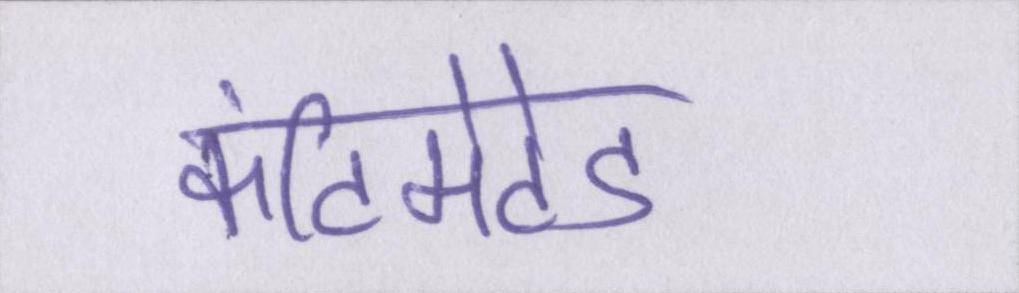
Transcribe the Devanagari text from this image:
कंटिमेटेड